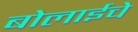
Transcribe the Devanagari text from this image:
बोलाईचे